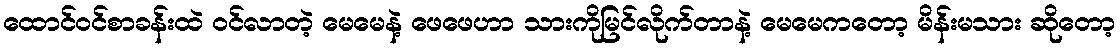
ထောင်ဝင်စာခန်းထဲ ဝင်လာတဲ့ မေမေနဲ့ ဖေဖေဟာ သားကိုမြင်လိုက်တာနဲ့ မေမေကတော့ မိန်းမသား ဆိုတော့